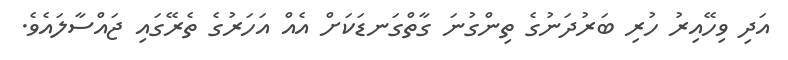
އަދި ވިހޭއިރު ހުރި ބަރުދަނުގެ ތިންގުނަ ގާތްގަނޑަކަށް އެއް އަހަރުގެ ތެރޭގައި ޖައްސާލައެވެ.